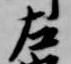
左